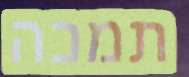
תמכה